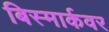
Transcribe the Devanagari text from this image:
बिस्मार्कवर